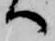
へ